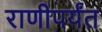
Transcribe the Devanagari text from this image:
राणीपर्यंत